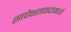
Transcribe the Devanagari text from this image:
सापेक्षतावादामध्ये